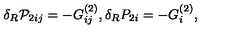
\delta _ { R } { \cal P } _ { 2 i j } = - G _ { i j } ^ { ( 2 ) } , \delta _ { R } P _ { 2 i } = - G _ { i } ^ { ( 2 ) } ,